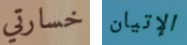
خسارتي الإتيان